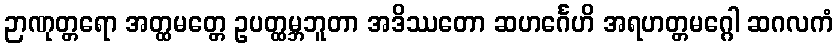
ဉာဏုတ္တရော အတ္ထမတ္တေ ဥပတ္ထမ္ဘဘူတာ အဒိဿတော ဆဟင်္ဂေဟိ အရဟတ္တမဂ္ဂေါ ဆဂလကံ